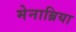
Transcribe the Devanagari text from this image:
मेनाब्रिया